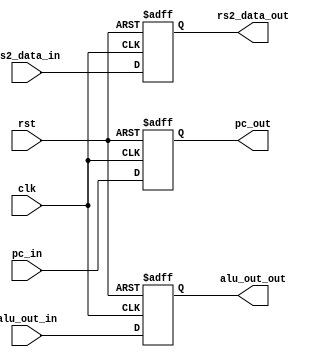
module Reg_M (clk,rst,pc_in,alu_out_in,rs2_data_in,pc_out,alu_out_out,rs2_data_out);
    input clk,rst;
    input [31:0] alu_out_in,rs2_data_in;
	input [15:0] pc_in;
	output reg[15:0] pc_out;
    output reg[31:0] alu_out_out,rs2_data_out;


    always @(posedge clk or posedge rst) 
    begin
        if (rst) 
        begin
            pc_out <=16'b0;
            alu_out_out <= 32'b0;   
            rs2_data_out <= 32'b0;
        end
        else
        begin
            pc_out <= pc_in;
            alu_out_out <= alu_out_in;   
            rs2_data_out <= rs2_data_in;
        end    
    end

    
endmodule